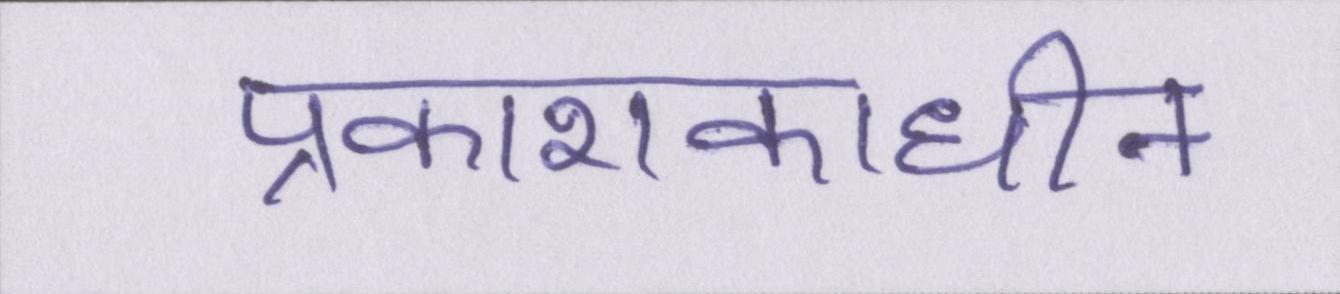
प्रकाशकाधीन